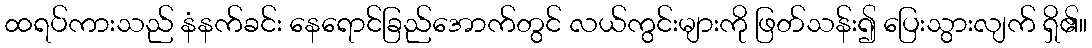
ထရပ်ကားသည် နံနက်ခင်း နေရောင်ခြည်အောက်တွင် လယ်ကွင်းများကို ဖြတ်သန်း၍ ပြေးသွားလျက် ရှိ၏။